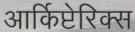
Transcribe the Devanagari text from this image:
आर्किप्टेरिक्स